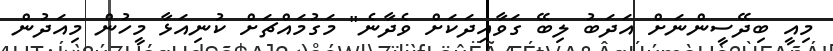
މިއީ ބިދޭސީންނަށް އަދަބު ލިބޭ ގަވާއިދަކަށް ވެދާނެ" މަގުމައްޗަށް ކުނިއަޅާ މީހުން މިއަދުން